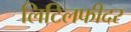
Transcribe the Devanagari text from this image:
लिटिलफीदर